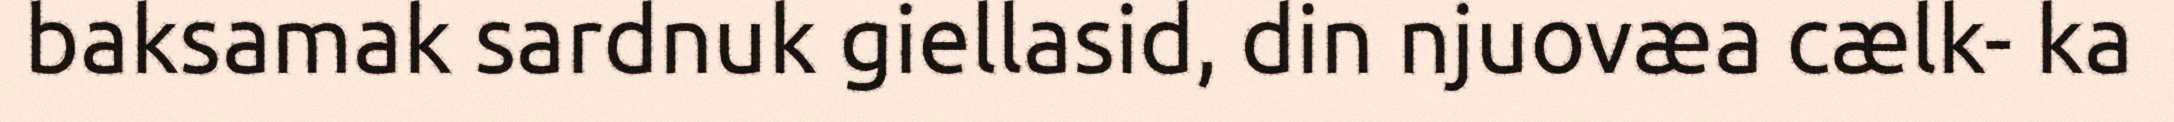
baksamak sardnuk giellasid, din njuovæa cælk- ka